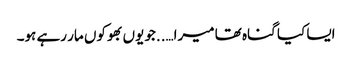
ایسا کیا گناہ تھا میرا…..جو یوں بھوکوں مار رہے ہو۔